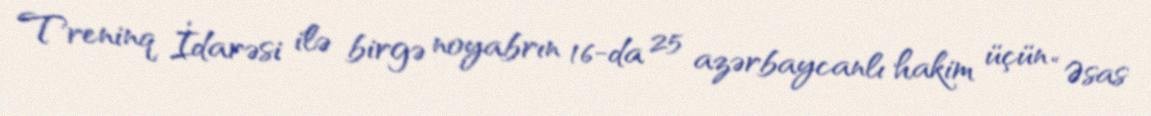
Treninq İdarəsi ilə birgə noyabrın 16-da 25 azərbaycanlı hakim üçün “Əsas